Madras plague regulations and rules for the city of Madras
Disease focus: Plague
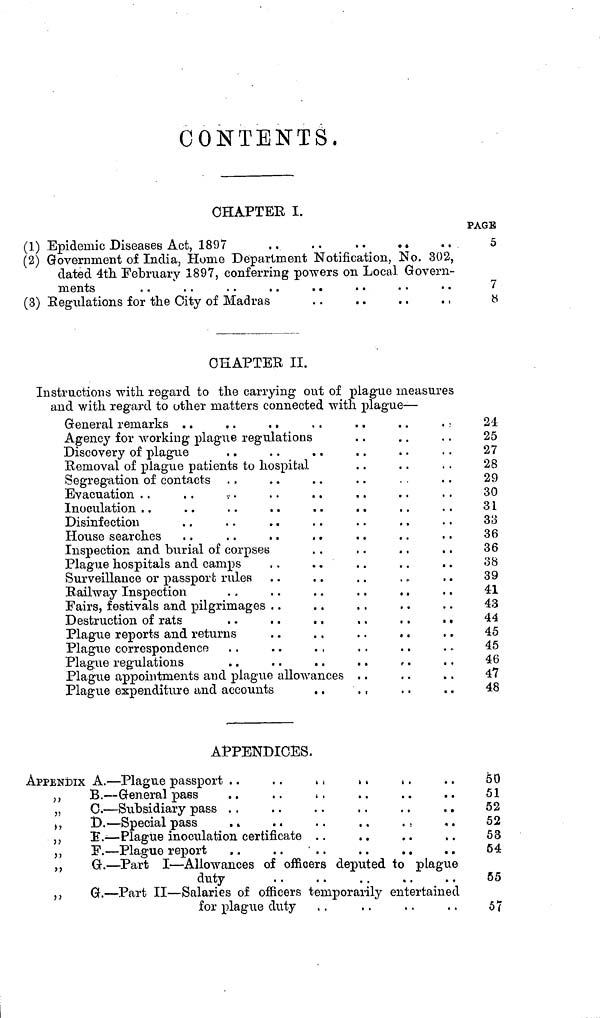
CONTENTS.
CHAPTER I.
(1) Epidemic Diseases Act, 1897
..
..
..
. .
(2) Government of India, Home Department Notification, No. 302,
dated 4th February 1897, conferring powers on Local Govern-
(3) Regulations for the City of Madras
PAGE
5
7
«
CHAPTER II.
Instructions with regard to the carrying out of plague measures
and with regard to other matters connected with plague—
General remarks
Agency for working plague regulations
Discovery of plague
Removal of plague patients to hospital
Segregation of contacts
Evacuation
Inoculation
House searches
Inspection and burial of corpses
Plague hospitals and camps
Surveillance or passport rules
Railway Inspection
.
. .
. .
. .
. .
Fairs, festivals and pilgrimages
Plague reports and returns
. .
. .
. .
.
Plague corresponden CR
Plague regulations
Plague appointments and plague allowances
Plague expenditure and accounts
24
25
27
28
29
30
31
33
36
36
38
39
41
43
44
45
45
46
47
48
APPENDICES.
APPENDIX A. — Plague passport . .
. .
B. — General pass
..
.
C. — Subsidiary pass . .
. .
. .
. .
. .
. .
D. — Special pass
. .
. .
. .
. .
. ,
E. — Plague inoculation certificate . .
. .
G. — Part II — Allowances of officers deputed to plague
duty
G. — Part II — Salaries of officers temporarily entertained
for plague duty
50
51
52
52
53
54
55
57